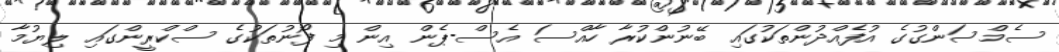
ސެމްސަންގުގެ އުފެއްދުންތަކުގައި ބޭނުންކުރާ ހާއްސަ އެސް-ޕެން އިން މި ފޯނުތަކުގެ ސްކްރީންގައި ލިޔުމާ